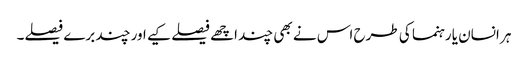
ہر انسان یا رہنما کی طرح اس نے بھی چند اچھے فیصلے کیے اور چند برے فیصلے۔